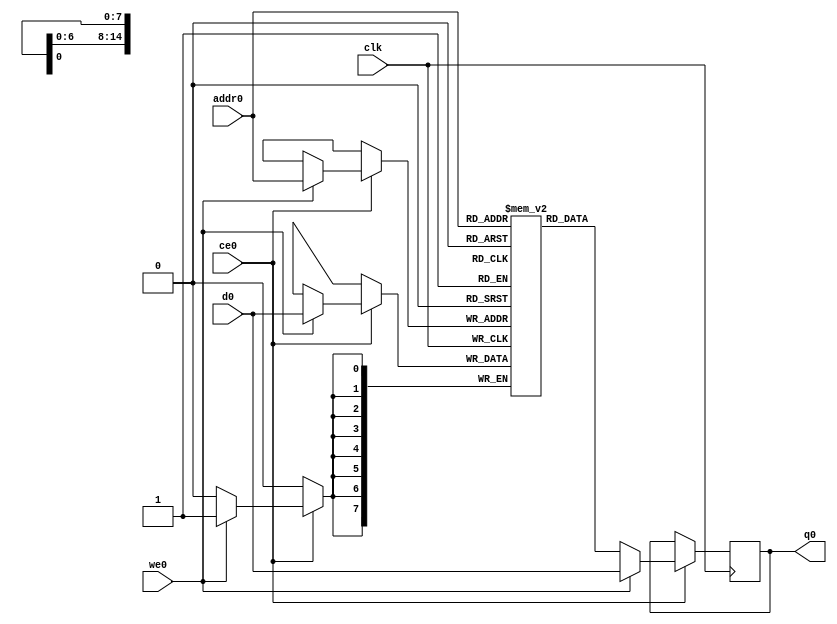
// ==============================================================
// File generated by Vivado(TM) HLS - High-Level Synthesis from C, C++ and SystemC
// Version: 2018.2
// Copyright (C) 1986-2018 Xilinx, Inc. All Rights Reserved.
// 
// ==============================================================

`timescale 1 ns / 1 ps
module matrix_multiply_tisb_ram (addr0, ce0, d0, we0, q0,  clk);

parameter DWIDTH = 8;
parameter AWIDTH = 15;
parameter MEM_SIZE = 32768;

input[AWIDTH-1:0] addr0;
input ce0;
input[DWIDTH-1:0] d0;
input we0;
output reg[DWIDTH-1:0] q0;
input clk;

(* ram_style = "block" *)reg [DWIDTH-1:0] ram[0:MEM_SIZE-1];




always @(posedge clk)  
begin 
    if (ce0) 
    begin
        if (we0) 
        begin 
            ram[addr0] <= d0; 
            q0 <= d0;
        end 
        else 
            q0 <= ram[addr0];
    end
end


endmodule


`timescale 1 ns / 1 ps
module matrix_multiply_tisb(
    reset,
    clk,
    address0,
    ce0,
    we0,
    d0,
    q0);

parameter DataWidth = 32'd8;
parameter AddressRange = 32'd32768;
parameter AddressWidth = 32'd15;
input reset;
input clk;
input[AddressWidth - 1:0] address0;
input ce0;
input we0;
input[DataWidth - 1:0] d0;
output[DataWidth - 1:0] q0;



matrix_multiply_tisb_ram matrix_multiply_tisb_ram_U(
    .clk( clk ),
    .addr0( address0 ),
    .ce0( ce0 ),
    .we0( we0 ),
    .d0( d0 ),
    .q0( q0 ));

endmodule